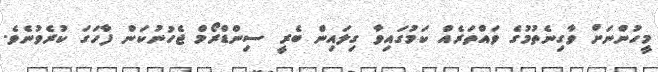
މީހުންނަށް ވާގިނެތުމުގެ ވައްތަރެއް ކަމުގައިވާ ގިލައިން ބެރީ ސިންޑްރޯމް ޖެހުނުކަން ފާހަގަ ކުރެވުނެވެ.